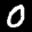
Label: 0